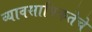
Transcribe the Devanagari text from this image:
व्यावसायिकतेचे